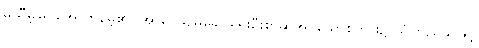
မထီမဲ့မြင်အောက်မေ့၏။ အာဒေယျမုခေါ၊ ရှေးဦးစွာဆိုအပ်သောစကား၌ ယုံကြည်သဖြင့်